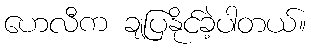
ဟေလီက ချပြနိုင်ခဲ့ပါတယ်။